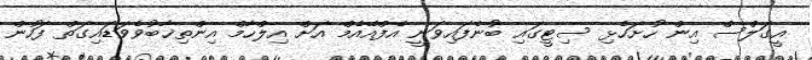
އީގަލްސް އިން ހުށަހެޅި ސިޓީގައި ބުނެފައިވަނީ އެފްއޭއެމް އަށް އިލްހާމް އިންތިޚާބުވެވަޑައިގަތް ފަހުން